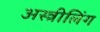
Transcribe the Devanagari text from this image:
अस्त्रीलिंग